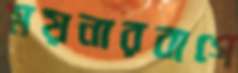
ময়নারবাগে